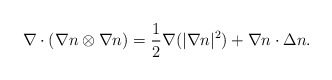
\begin{align*} \nabla\cdot (\nabla n\otimes \nabla n) = \frac{1}{2}\nabla (|\nabla n|^2) + \nabla n \cdot \Delta n .\end{align*}